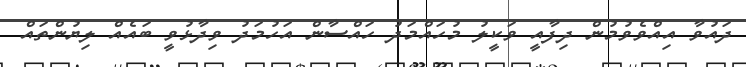
ދައުވާ އިއްވެވުމުން ދިފާއީ ވަކީލު މުހައްމަދު ހައްސާން އަހުމަދު ވިދާޅުވީ ބައެއް ލިޔުންތައް